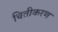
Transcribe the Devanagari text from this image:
चितीकरण